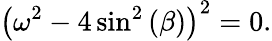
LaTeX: \left(\omega^{2}-4\sin^{2}{(\beta)}\right)^{2}=0.